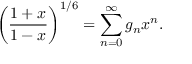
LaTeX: \biggl ( { \frac { 1 + x } { 1 - x } } \biggr ) ^ { 1 / 6 } = \sum _ { n = 0 } ^ { \infty } g _ { n } x ^ { n } .